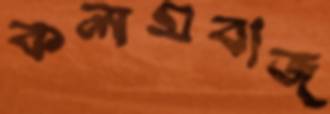
কলমবাজ